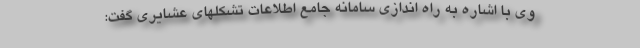
وی با اشاره به راه اندازی سامانه جامع اطلاعات تشکلهای عشایری گفت: